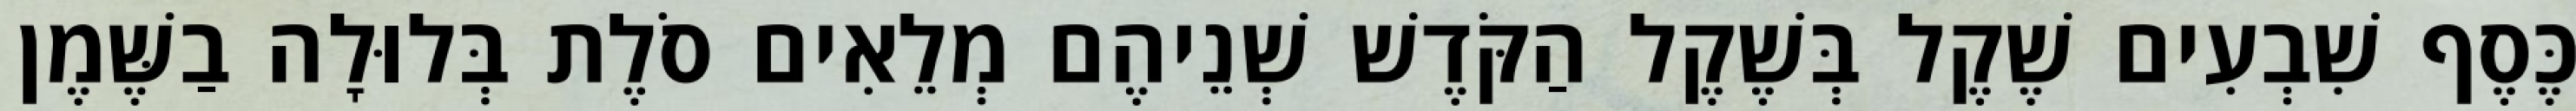
כֶּסֶף שִׁבְעִים שֶׁקֶל בְּשֶׁקֶל הַקֹּדֶשׁ שְׁנֵיהֶם מְלֵאִים סֹלֶת בְּלוּלָה בַשֶּׁמֶן